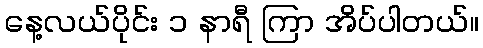
နေ့လယ်ပိုင်း ၁ နာရီ ကြာ အိပ်ပါတယ်။